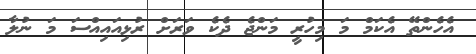
އެހެންތޭ އެކަމް މަ މިހުރީ މަންޖެ ދެކެ ވަރަށް ރުޅިއައިއްސަ މަ ނުލާ